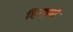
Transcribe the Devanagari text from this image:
हिन्दुवों